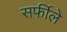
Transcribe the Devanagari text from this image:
सर्फीले